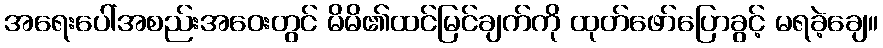
အရေးပေါ်အစည်းအဝေးတွင် မိမိ၏ထင်မြင်ချက်ကို ထုတ်ဖော်ပြောခွင့် မရခဲ့ချေ။